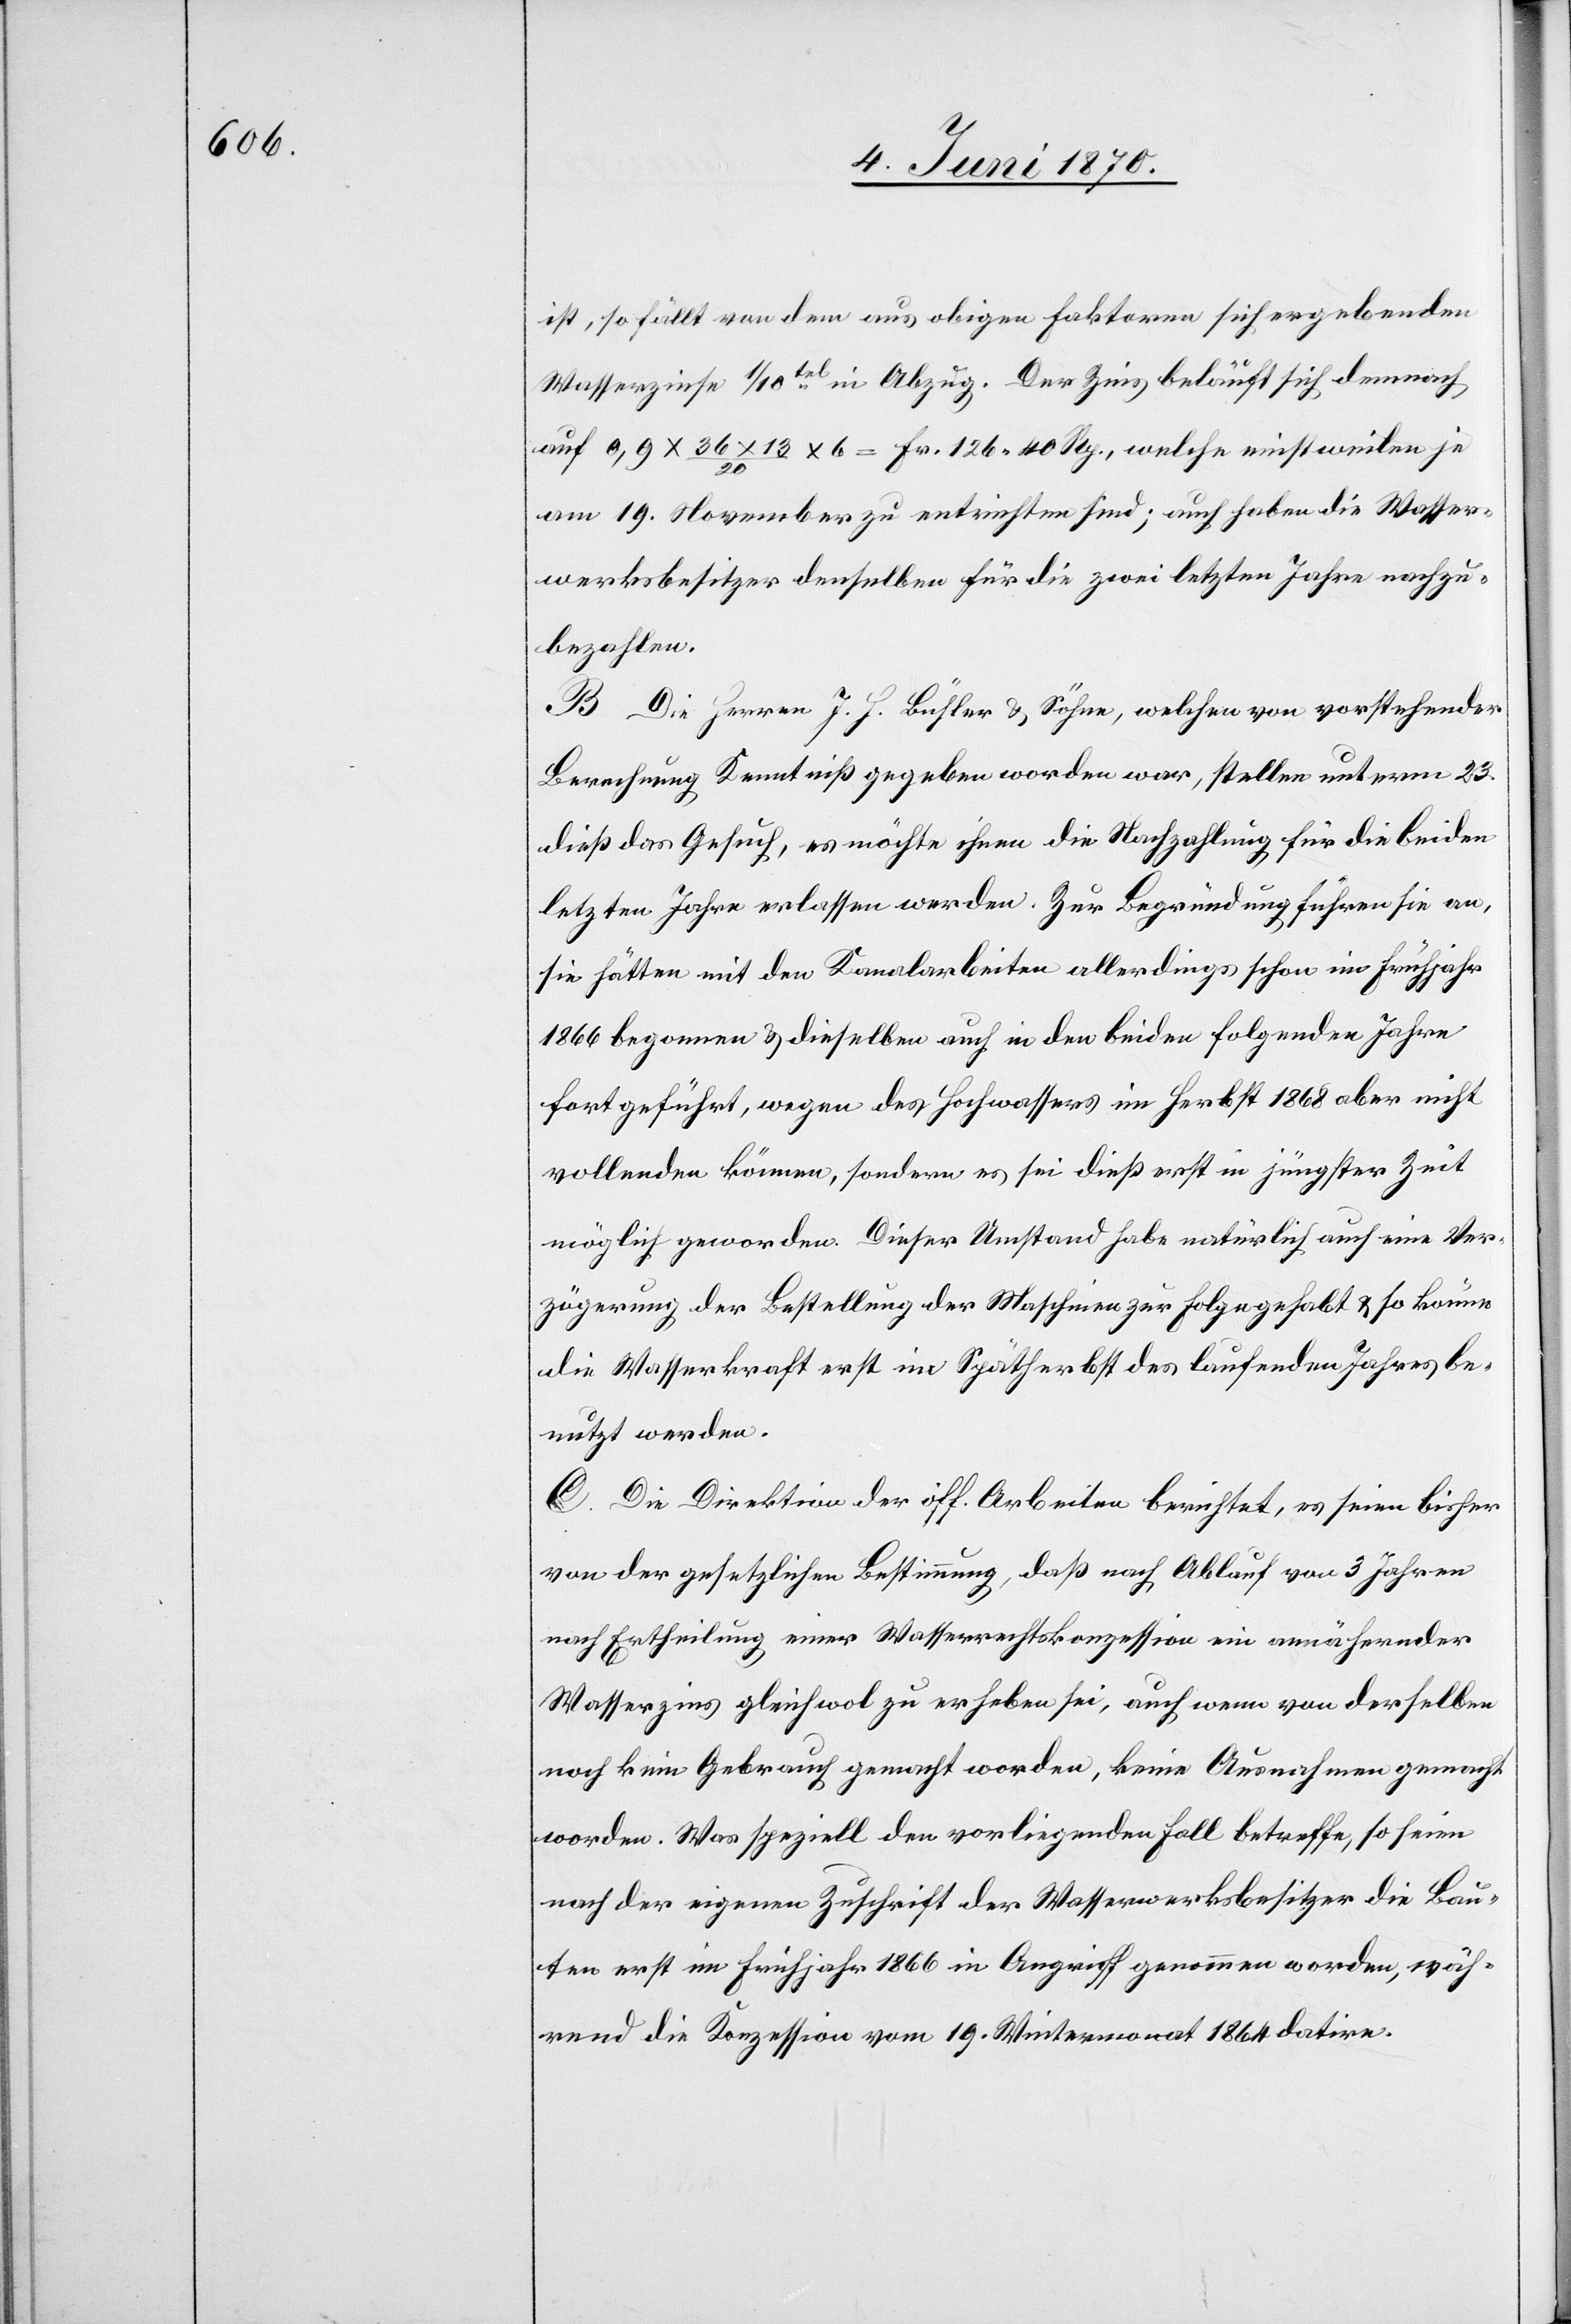
ist, so fällt von dem aus obigen Faktoren sich ergebenden
Wasserzinse 1/10tel [sic!] in Abzug. Der Zins beläuft sich demnach
auf 0,9 x 36 x 13/20 x 6 = Fr. 126. 40 Rp., welche einstweilen je
am 19. November zu entrichten sind; auch haben die Wasser¬
werksbesitzer denselben für die zwei letzten Jahre nachzu¬
bezahlen.
B. Die Herren J. H. Bühler & Söhne, welche von vorstehender
Berechnung Kenntniß gegeben worden war, stellen unterm 23.
dieß das Gesuch, es möchte ihnen die Nachzahlung für die beiden
letzten Jahre erlassen werden. Zur Begründung führen sie an,
sie hätten mit den Kanalarbeiten allerdings schon im Frühjahr
1866 begonnen & dieselben auch in den beiden folgenden Jahre[n]
fortgeführt, wegen des Hochwassers im Herbst 1868 aber nicht
vollenden können, sondern es sei dieß erst in jüngster Zeit
möglich geworden. Dieser Umstand habe natürlich auch eine Ver¬
zögerung der Bestellung der Maschinen zur Folge gehabt & so könne
die Wasserkraft erst im Spätherbst des laufenden Jahres be¬
nutzt werden.
C. Die Direktion der öff. Arbeiten berichtet, es seien bisher
von der gesetzlichen Bestimmung, daß nach Ablauf von 3 Jahren
nach Ertheilung einer Wasserrechtskonzession ein annähernder
Wasserzins gleichwol zu erheben sei, auch wenn von derselben
noch kein Gebrauch gemacht worden, keine Ausnahmen gemacht
worden. Was speziell den vorliegenden Fall betreffe, so seien
nach der eigenen Zuschrift der Wasserwerksbesitzer die Bau¬
ten erst im Frühjahr 1866 in Angriff genommen worden, wäh¬
rend die Konzession vom 19. Wintermonat 1864 datire.